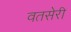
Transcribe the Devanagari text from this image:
वतसेरी